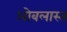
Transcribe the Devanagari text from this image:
ओबलास्त